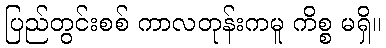
ပြည်တွင်းစစ် ကာလတုန်းကမူ ကိစ္စ မရှိ။